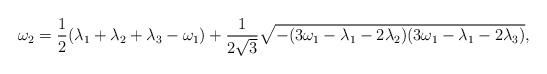
LaTeX: \begin{align*} \omega_2=\frac{1}{2}(\lambda_1 +\lambda_2 +\lambda_3 -\omega_1) +\frac{1}{2\sqrt{3}} \sqrt{- (3\omega_1 -\lambda_1 -2\lambda_2) (3\omega_1 -\lambda_1 -2\lambda_3)}, \end{align*}